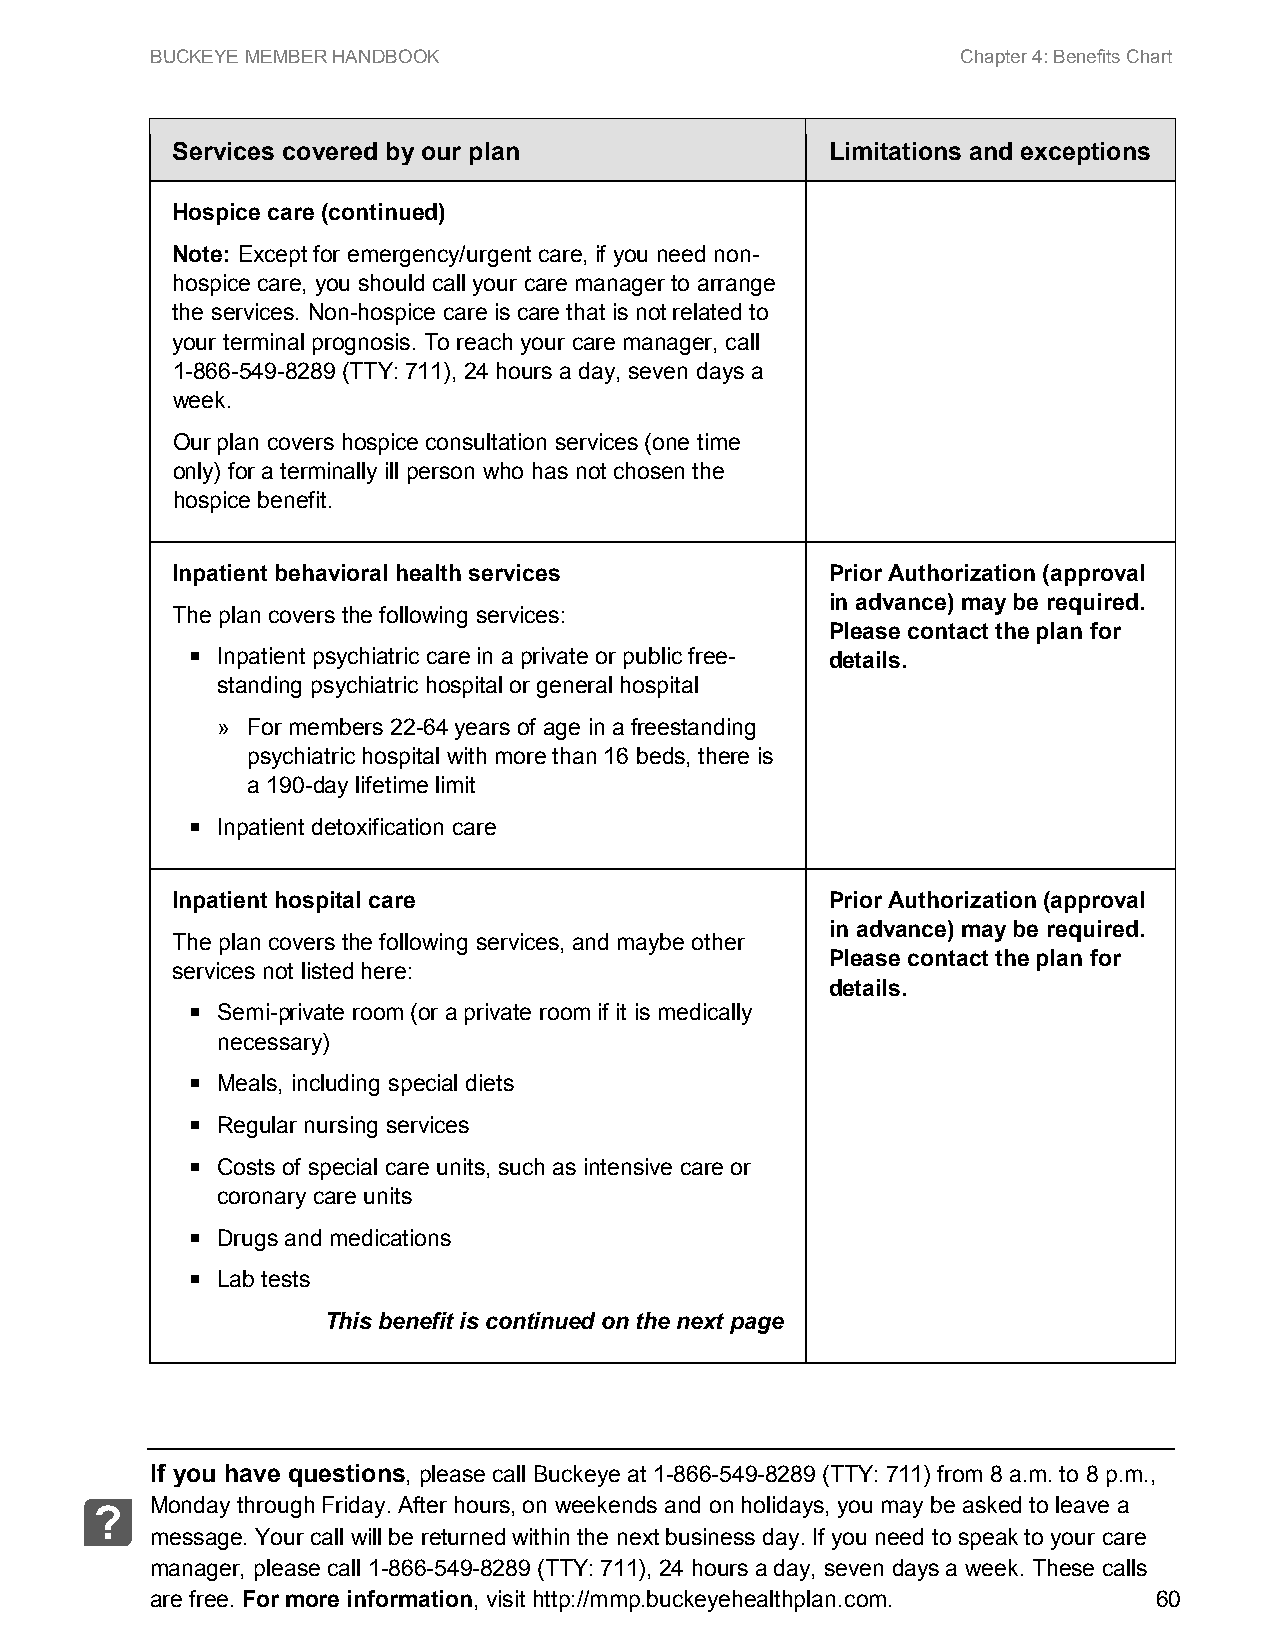
BUCKEYE MEMBER HANDBOOK                               Chapter 4: Benefits Chart
 Services covered by our plan                Limitations and exceptions
 Hospice care (continued)
 Note: Except for emergency/urgent care, if you need non-
 hospice care, you should call your care manager to arrange
 the services. Non-hospice care is care that is not related to
 your terminal prognosis. To reach your care manager, call
 1-866-549-8289 (TTY: 711), 24 hours a day, seven days a
 week.
 Our plan covers hospice consultation services (one time
 only) for a terminally ill person who has not chosen the
 hospice benefit.
 Inpatient behavioral health services        Prior Authorization (approval
 in advance) may be required.
 The plan covers the following services:
 Please contact the plan for
  Inpatient psychiatric care in a private or public free- details.
 standing psychiatric hospital or general hospital
 » For members 22-64 years of age in a freestanding
 psychiatric hospital with more than 16 beds, there is
 a 190-day lifetime limit
  Inpatient detoxification care
 Inpatient hospital care                     Prior Authorization (approval
 in advance) may be required.
 The plan covers the following services, and maybe other
 Please contact the plan for
 services not listed here:
 details.
  Semi-private room (or a private room if it is medically
 necessary)
  Meals, including special diets
  Regular nursing services
  Costs of special care units, such as intensive care or
 coronary care units
  Drugs and medications
  Lab tests
 This benefit is continued on the next page
 If you have questions, please call Buckeye at 1-866-549-8289 (TTY: 711) from 8 a.m. to 8 p.m.,
 Monday through Friday. After hours, on weekends and on holidays, you may be asked to leave a
 ?
 message. Your call will be returned within the next business day. If you need to speak to your care
 manager, please call 1-866-549-8289 (TTY: 711), 24 hours a day, seven days a week. These calls
 are free. For more information, visit http://mmp.buckeyehealthplan.com. 60